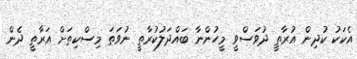
އެކަކު ކުދިން އުރާތީ ދުވަސްވީ މީހުންނާ ބައްދަލުކުރާތީ ނުވަތަ މިސްކިތަށް އަރާތީ ދެން